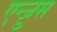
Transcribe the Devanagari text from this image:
एन्ज़ुस